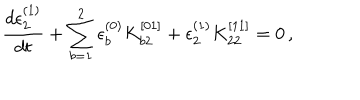
LaTeX: \frac { d \epsilon _ { 2 } ^ { ( 1 ) } } { d t } + \sum _ { b = 1 } ^ { 2 } \epsilon _ { b } ^ { ( 0 ) } K _ { b 2 } ^ { [ 0 1 ] } + \epsilon _ { 2 } ^ { ( 1 ) } K _ { 2 2 } ^ { [ 1 1 ] } = 0 \, ,